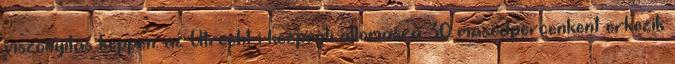
viszonyitas keppen: az Utrecht-i kozponti allomasra 30 masodpercenkent erkezik